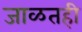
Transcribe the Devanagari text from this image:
जाळतही